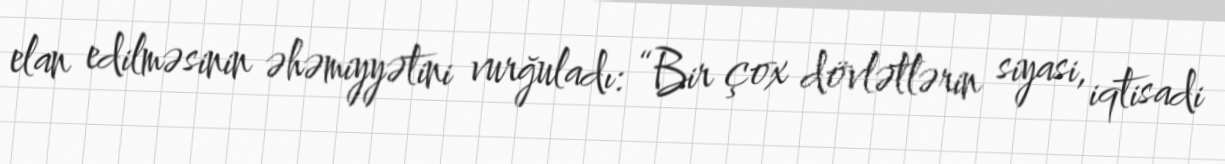
elan edilməsinin əhəmiyyətini vurğuladı: “Bir çox dövlətlərin siyasi, iqtisadi